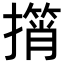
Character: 𢶠